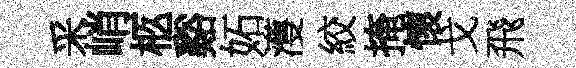
采峭柩谿妬濩絞掩懷戈飛